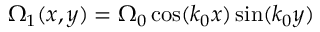
\Omega _ { 1 } ( x , y ) = \Omega _ { 0 } \cos ( k _ { 0 } x ) \sin ( k _ { 0 } y )